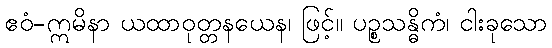
ဧဝံ-ဣမိနာ ယထာဝုတ္တနယေန၊ ဖြင့်။ ပဉ္စသန္ဓိကံ၊ ငါးခုသော